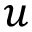
u